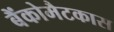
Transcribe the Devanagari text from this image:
बैंकोमैटकास